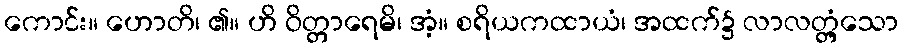
ကောင်း။ ဟောတိ၊ ၏။ ဟိ ဝိတ္တာရေမိ၊ အံ့။ စရိယကထာယံ၊ အထက်၌ လာလတ္တံ့သော